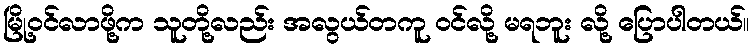
မြို့ဝင်လာဖို့က သူတို့လည်း အလွယ်တကူ ဝင်လို့ မရဘူး လို့ ပြောပါတယ်။